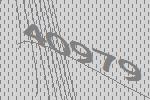
40979